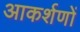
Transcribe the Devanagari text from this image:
आकर्शणों